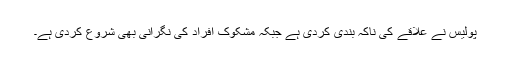
پولیس نے علاقے کی ناکہ بندی کردی ہے جبکہ مشکوک افراد کی نگرانی بھی شروع کردی ہے۔